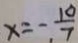
x = - \frac { 1 0 } { 7 }